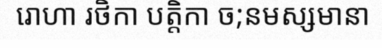
រោហា រថិកា បត្តិកា ច;នមស្សមានា